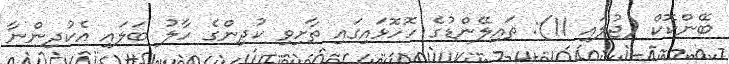
ބޭންކޮކް (ޖުލައި 11): ތައިލޭންޑުގެ ހޮހޮޅައިގައި ތާށިވި ކުދިންގެ ހާލު ބަލައި އެކުދިންނާ